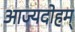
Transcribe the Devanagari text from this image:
आज्यदोहम्